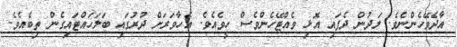
އާދެވޭހެންނެވެ. ލަދުން ދެފައި އޮޅި ވެއްޓޭހެންވެސް ހީވެއެވެ. އެހާވަރަށް ދުރުގައި ބަލަހައްޓައިގެން ތިބެއެވެ.